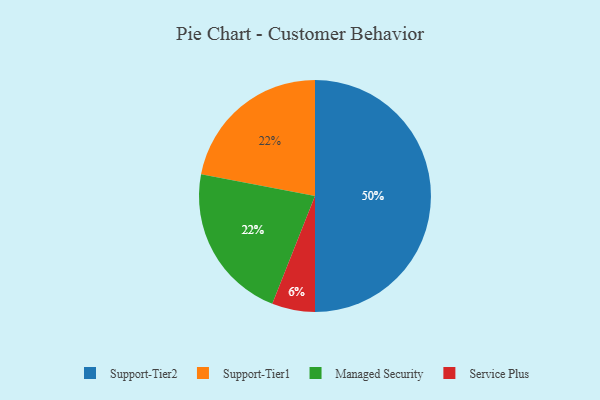
{"axis": {"x": "Category", "y": "Percentage"}, "legend": ["Managed Security", "Service Plus", "Support-Tier1", "Support-Tier2"], "data": [{"x": "Support-Tier1", "y": 22, "type": "Support-Tier1"}, {"x": "Support-Tier2", "y": 50, "type": "Support-Tier2"}, {"x": "Managed Security", "y": 22, "type": "Managed Security"}, {"x": "Service Plus", "y": 6, "type": "Service Plus"}]}